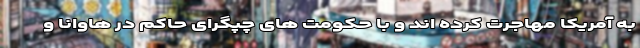
به آمریکا مهاجرت کرده اند و با حکومت های چپگرای حاکم در هاوانا و